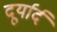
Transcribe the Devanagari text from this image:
दूर्यार्द